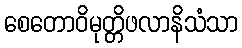
စေတောဝိမုတ္တိဖလာနိသံသာ